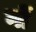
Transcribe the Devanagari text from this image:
नों